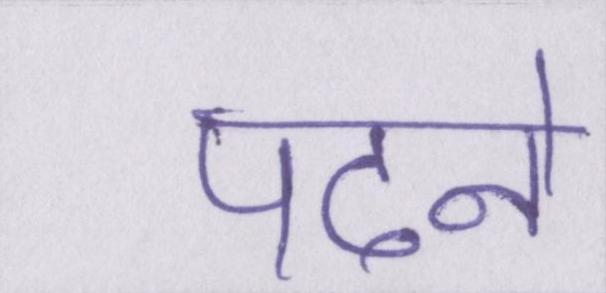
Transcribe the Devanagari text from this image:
पढने